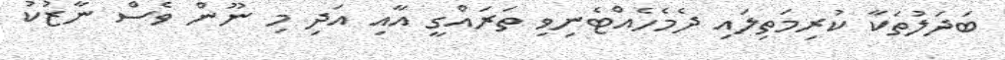
ބަދަލުތަކާ ކުރިމަތިލައި ދެމެހެއްޓެނިވި ތަރައްގީ އާއި އަދި މި ނޫން ވެސް ނާޒުކު